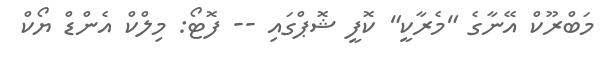
މަބްރޫކް އޭނާގެ "މެރާކީ" ކޮފީ ޝޮޕްްގައި -- ފޮޓޯ: މިލްކް އެންޑް ޔޯކް